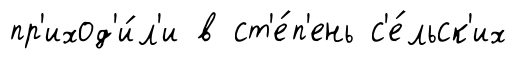
пр'иход'и́л'и в ст'е́п'ень с'е́льск'их